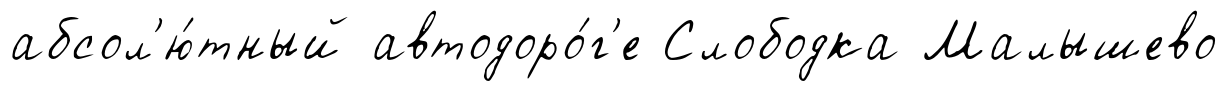
абсол'ю́тный автодоро́г'е Слободка Малышево